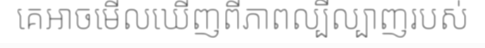
គេអាចមើលឃើញពីភាពល្បីល្បាញរបស់